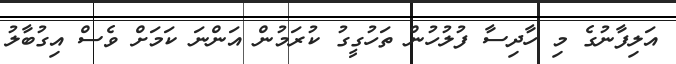
އަލިފާނުގެ މި ހާދިސާ ފުލުހުން ތަހުގީގު ކުރަމުން އަންނަ ކަމަށް ވެސް އިގުބާލު